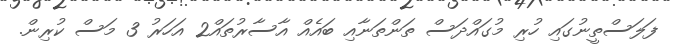
ފަލަސްތީނުގައި ހުރި މުގައްދަސް ތަންތަނާއި ބައެއް އާސާރުތައް2 އަހަރު 3 މަސް ކުރިން.